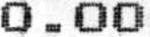
0.00